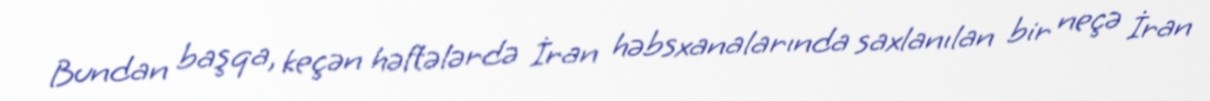
Bundan başqa, keçən həftələrdə İran həbsxanalarında saxlanılan bir neçə İran